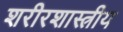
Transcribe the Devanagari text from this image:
शरीरशास्त्रीय